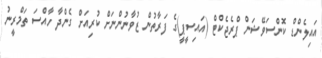
އައިލެންޑް ކޮންސަވޭޝަން ޕްރެޖެކްޓް (އައިސީޕީ)ގެ ފަރާތުން ޒުވާނުންނަށް ކުރިއަށް ގެންދާ ހާއްސަ ތަމްރީނު